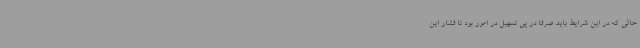
حالی که در این شرایط باید صرفا در پی تسهیل در امور بود تا فشار این